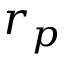
r _ { p }